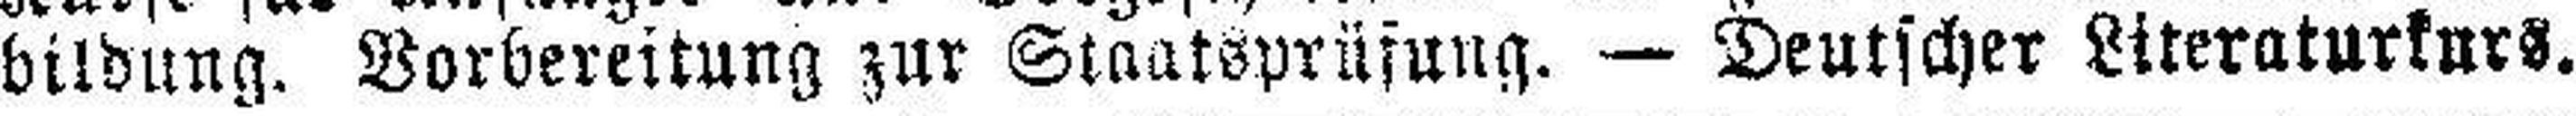
bildung. Vorbereitung zur Staatsprüfung. — Deutscher Literaturkurs.